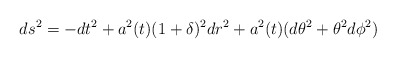
\begin{align*}ds^2=-dt^2+a^2(t)(1+\delta)^2dr^2+a^2(t)(d\theta^2+\theta^2d\phi^2)\end{align*}